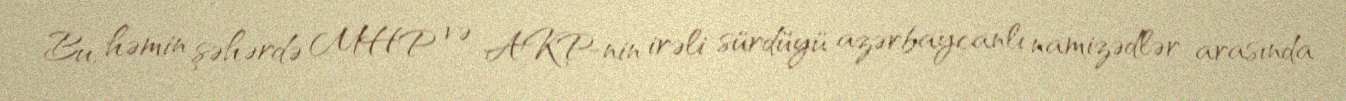
Bu, həmin şəhərdə MHP və AKP-nin irəli sürdüyü azərbaycanlı namizədlər arasında